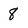
Character: 8